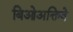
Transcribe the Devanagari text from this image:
बिओअक्तिवे